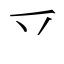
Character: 乊